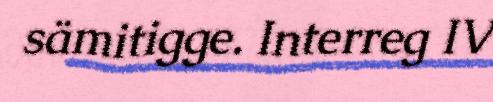
sämitigge. Interreg IV